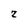
Character: 2